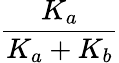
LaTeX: \frac{K_{a}}{K_{a}+K_{b}}